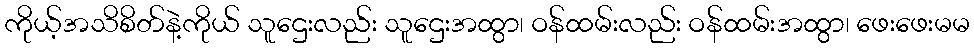
ကိုယ့်အသိစိတ်နဲ့ကိုယ် သူဌေးလည်း သူဌေးအထွာ၊ ဝန်ထမ်းလည်း ဝန်ထမ်းအထွာ၊ ဖေးဖေးမမ